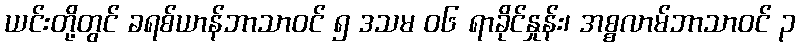
ယင်းတို့တွင် ခရစ်ယာန်ဘာသာဝင် ၅ ဒသမ ၀၆ ရာခိုင်နှုန်း၊ အစ္စလာမ်ဘာသာဝင် ၃